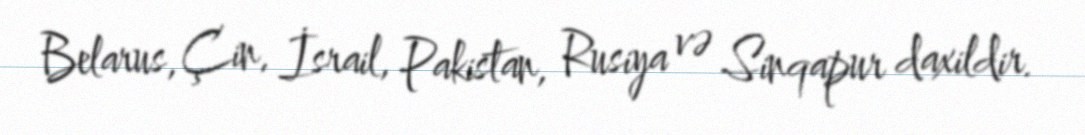
Belarus, Çin, İsrail, Pakistan, Rusiya və Sinqapur daxildir.